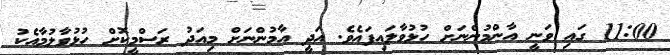
11:00 ގައި ވަނީ އާންމުންނަށް ހުޅުވާލައިފައެވެ. އަދީ އާމުންނަށް މިއަދު ރަސްމީކޮށް ހުޅުވާލުމާއެކު